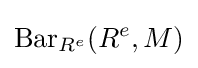
\operatorname {Bar} _{R^{e}}(R^{e},M)